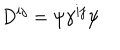
LaTeX: D ^ { i j } = \psi \gamma ^ { i j } \psi